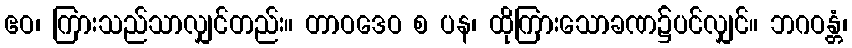
ဧဝ၊ ကြားသည်သာလျှင်တည်း။ တာဝဒေဝ စ ပန၊ ထိုကြားသောခဏ၌ပင်လျှင်။ ဘဂဝန္တံ၊